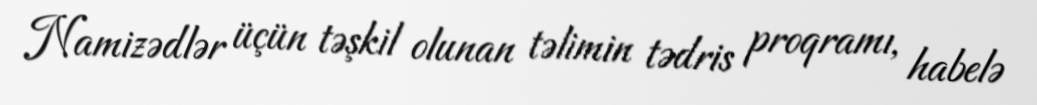
Namizədlər üçün təşkil olunan təlimin tədris proqramı, habelə